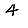
Digit: 4